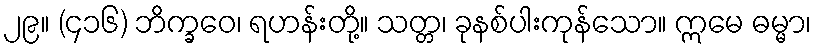
၂၉။ (၄၁၆) ဘိက္ခဝေ၊ ရဟန်းတို့။ သတ္တ၊ ခုနစ်ပါးကုန်သော။ ဣမေ ဓမ္မာ၊